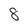
Character: 8